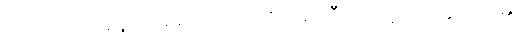
တဿေဝအရူပါဝစရဿ။ ပ။ ဝိဟရတီတိ၊ ဟူ၍။ အာဟ၊ ၏။